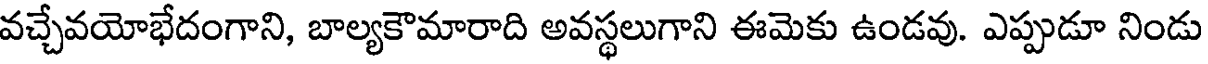
వచ్చేవయోభేదంగాని, బాల్యకౌమారాది అవస్థలుగాని ఈమెకు ఉండవు. ఎప్పుడూ నిండు